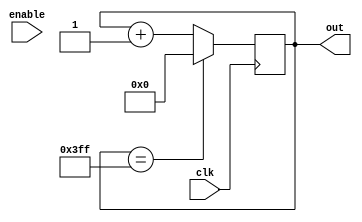
module counter(
    clk, enable,
    out
);

parameter N_BIT=10;
parameter MAX_COUNT=1023;

input clk;
input enable;

output [N_BIT-1:0] out;

reg [N_BIT-1:0] out;
initial out = 0;

always @(posedge clk) begin
    if (out == MAX_COUNT)
        out <= 0;
    else
        out <= out + 1'b1;
end


endmodule